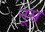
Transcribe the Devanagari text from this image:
नूस